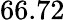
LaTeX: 66.72